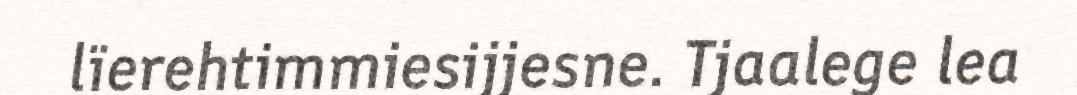
lïerehtimmiesijjesne. Tjaalege lea